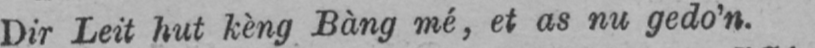
Dir Leit hut kèng Bàng mé, et as nu gedo’n.